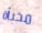
مخبأة